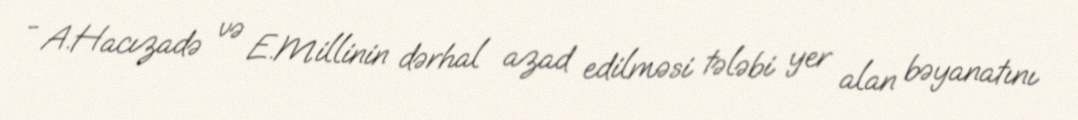
- A.Hacızadə və E.Millinin dərhal azad edilməsi tələbi yer alan bəyanatını